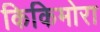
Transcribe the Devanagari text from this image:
किकिमोरा